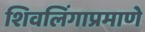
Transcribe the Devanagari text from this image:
शिवलिंगाप्रमाणे